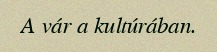
A vár a kultúrában.